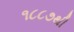
૧૮૮૭થી